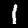
Digit: 1